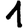
Digit: 1